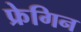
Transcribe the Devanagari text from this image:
फ्रेगिन